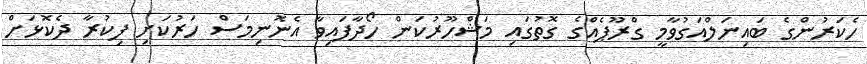
ހެކަރުންގެ ބައިނަލްއަގުވާމީ ގްރޫޕެއްގެ ގޮތުގައި މަޝްހޫރުކަން ހޯދާފައިވާ އެނޮނިމަސް ހަރުކަށި ފިކުރާ ދެކޮޅަށް